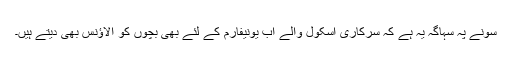
سونے پہ سہاگہ یہ ہے کہ سرکاری اسکول والے اب یونیفارم کے لئے بھی بچوں کو الاؤنس بھی دیتے ہیں۔